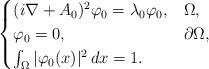
LaTeX: \begin{align*} \begin{cases} (i\nabla + A_0)^2 \varphi_0 = \lambda_0 \varphi_0, &\Omega,\\ \varphi_0 = 0, &\partial \Omega,\\\int_\Omega |\varphi_0(x)|^2\,dx=1. \end{cases}\end{align*}